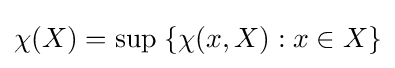
\chi (X)=\sup \;\{\chi (x,X):x\in X\}